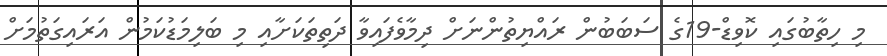
މި ހިތާބުގައި ކޮވިޑް-19ގެ ސަބަބުން ރައްޔިތުންނަށް ދިމާވެފައިވާ ދަތިތަކަށާއި މި ބަލިމަޑުކަމުން އަރައިގަތުމަށް